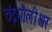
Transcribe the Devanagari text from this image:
चंद्रमौलीश्वर